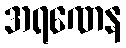
အရဏေန